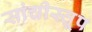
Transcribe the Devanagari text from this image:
सांचीस्तूप